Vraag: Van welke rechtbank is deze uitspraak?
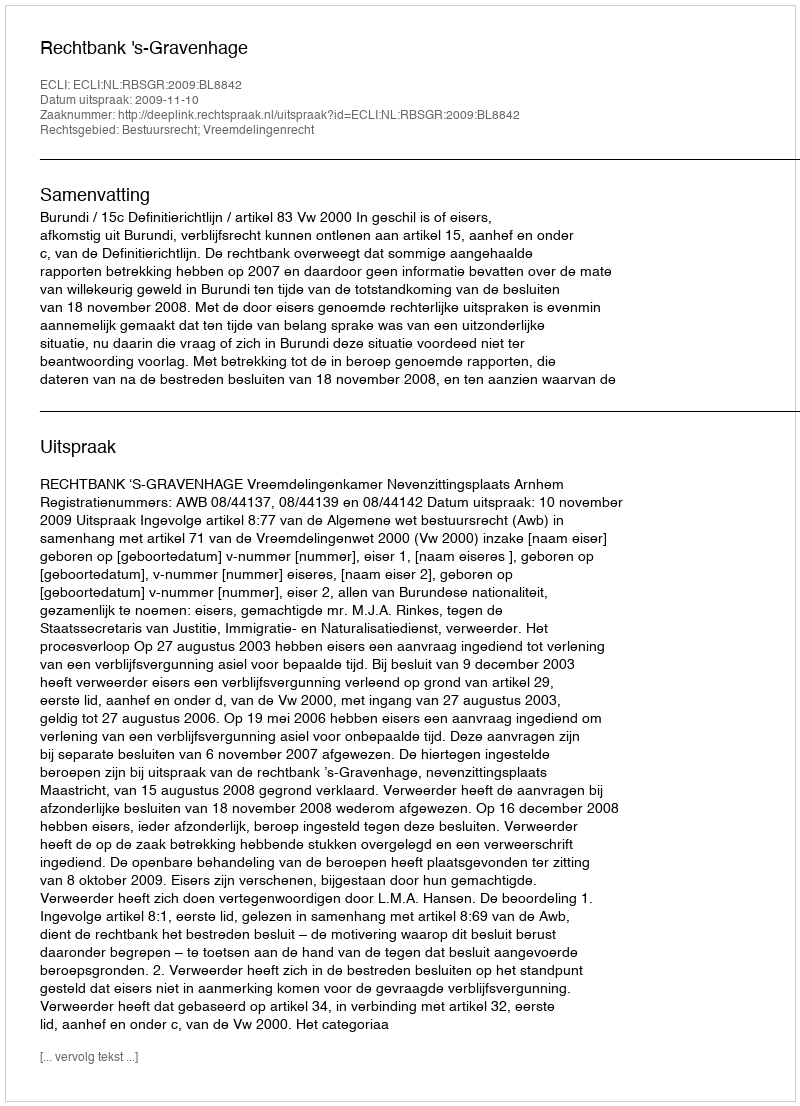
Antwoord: Rechtbank 's-Gravenhage